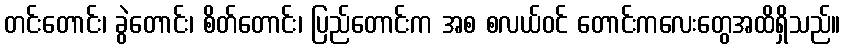
တင်းတောင်း၊ ခွဲတောင်း၊ စိတ်တောင်း၊ ပြည်တောင်းက အစ စလယ်ဝင် တောင်းကလေးတွေအထိရှိသည်။